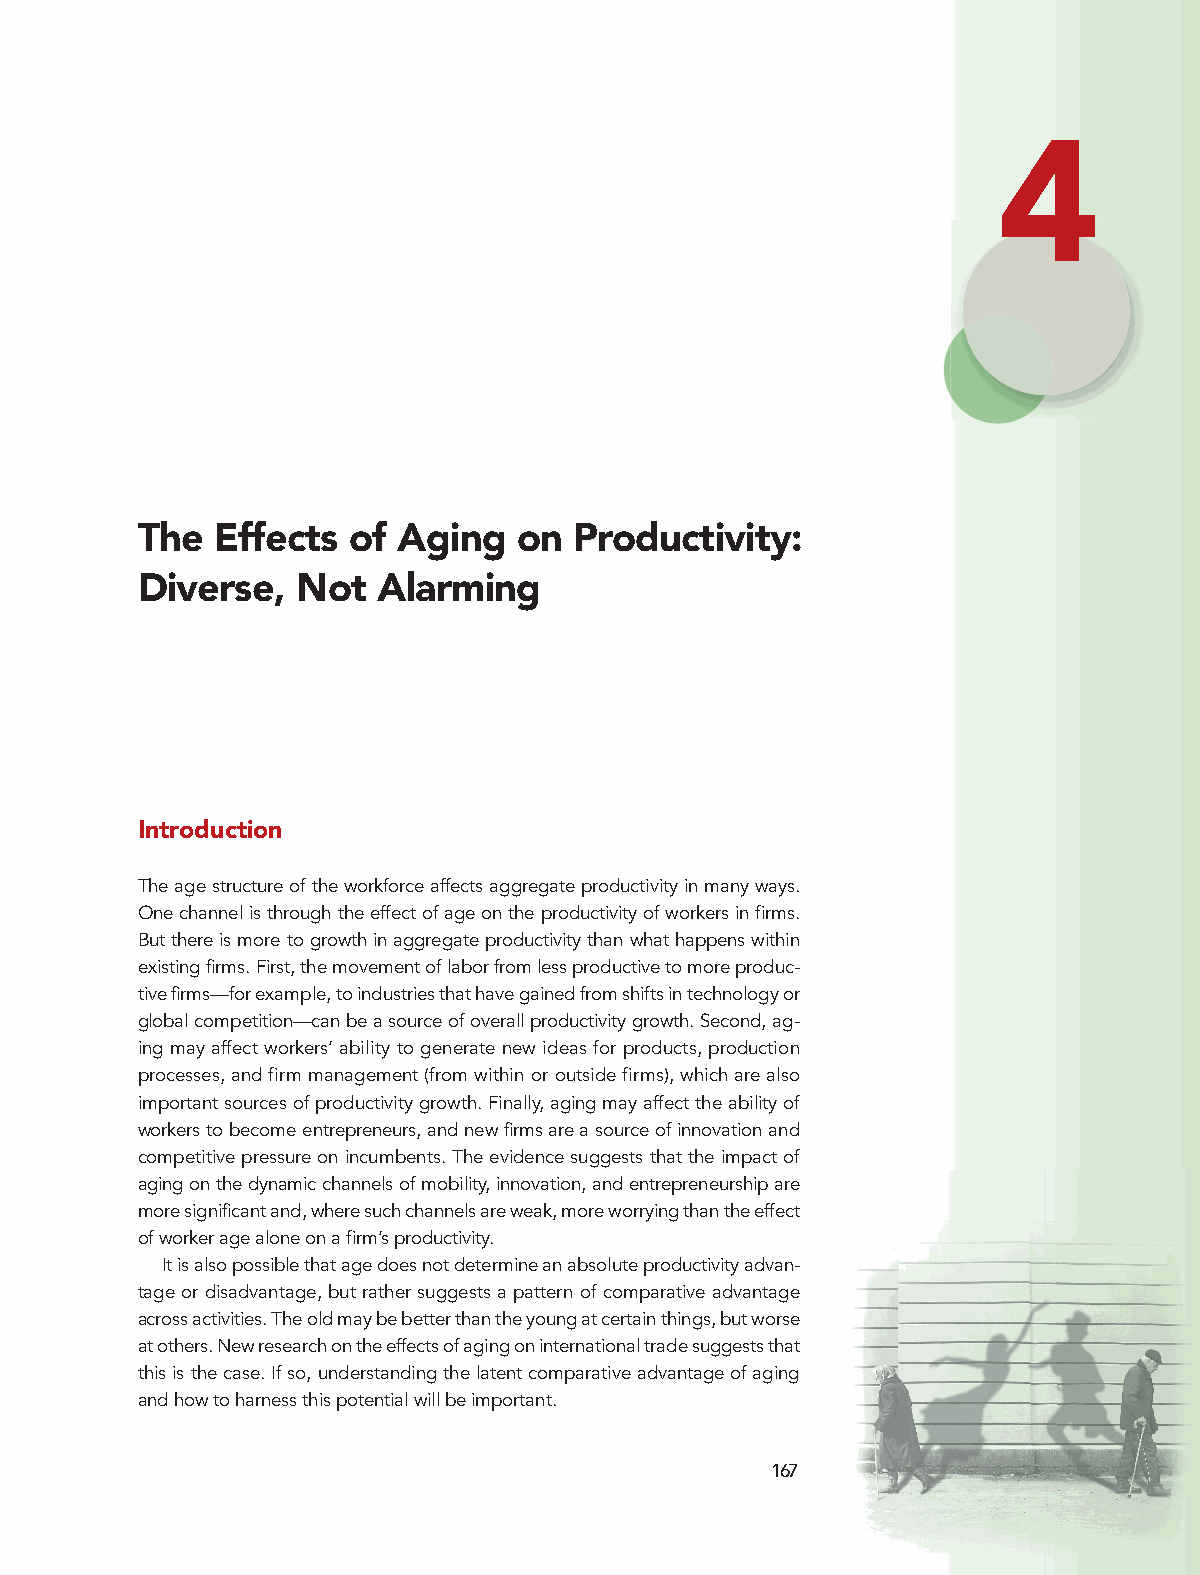
4
 The  Effects  of Aging   on  Productivity:
 Diverse,   Not  Alarming
 Introduction
 The age structure of the workforce affects aggregate productivity in many ways.
 One channel is through the effect of age on the productivity of workers in firms.
 But there is more to growth in aggregate productivity than what happens within
 existing firms. First, the movement of labor from less productive to more produc-
 tive firms—for example, to industries that have gained from shifts in technology or
 global competition—can be a source of overall productivity growth. Second, ag-
 ing may affect workers’ ability to generate new ideas for products, production
 processes, and firm management (from within or outside firms), which are also
 important sources of productivity growth. Finally, aging may affect the ability of
 workers to become entrepreneurs, and new firms are a source of innovation and
 competitive pressure on incumbents. The evidence suggests that the impact of
 aging on the dynamic channels of mobility, innovation, and entrepreneurship are
 more significant and, where such channels are weak, more worrying than the effect
 of worker age alone on a firm’s productivity.
 It is also possible that age does not determine an absolute productivity advan-
 tage or disadvantage, but rather suggests a pattern of comparative advantage
 across activities. The old may be better than the young at certain things, but worse
 at others. New research on the effects of aging on international trade suggests that
 this is the case. If so, understanding the latent comparative advantage of aging
 and how to harness this potential will be important.
 167